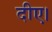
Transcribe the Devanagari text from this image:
दीए।